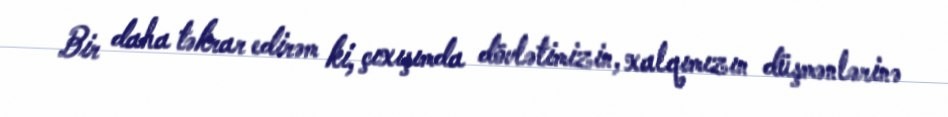
Bir daha təkrar edirəm ki, çıxışımda dövlətimizin, xalqımızın düşmənlərinə